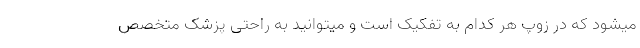
میشود که در زوپ هر کدام به تفکیک است و میتوانید به راحتی پزشک متخصص